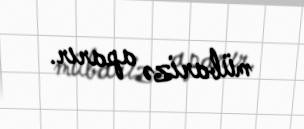
mübarizə aparır.